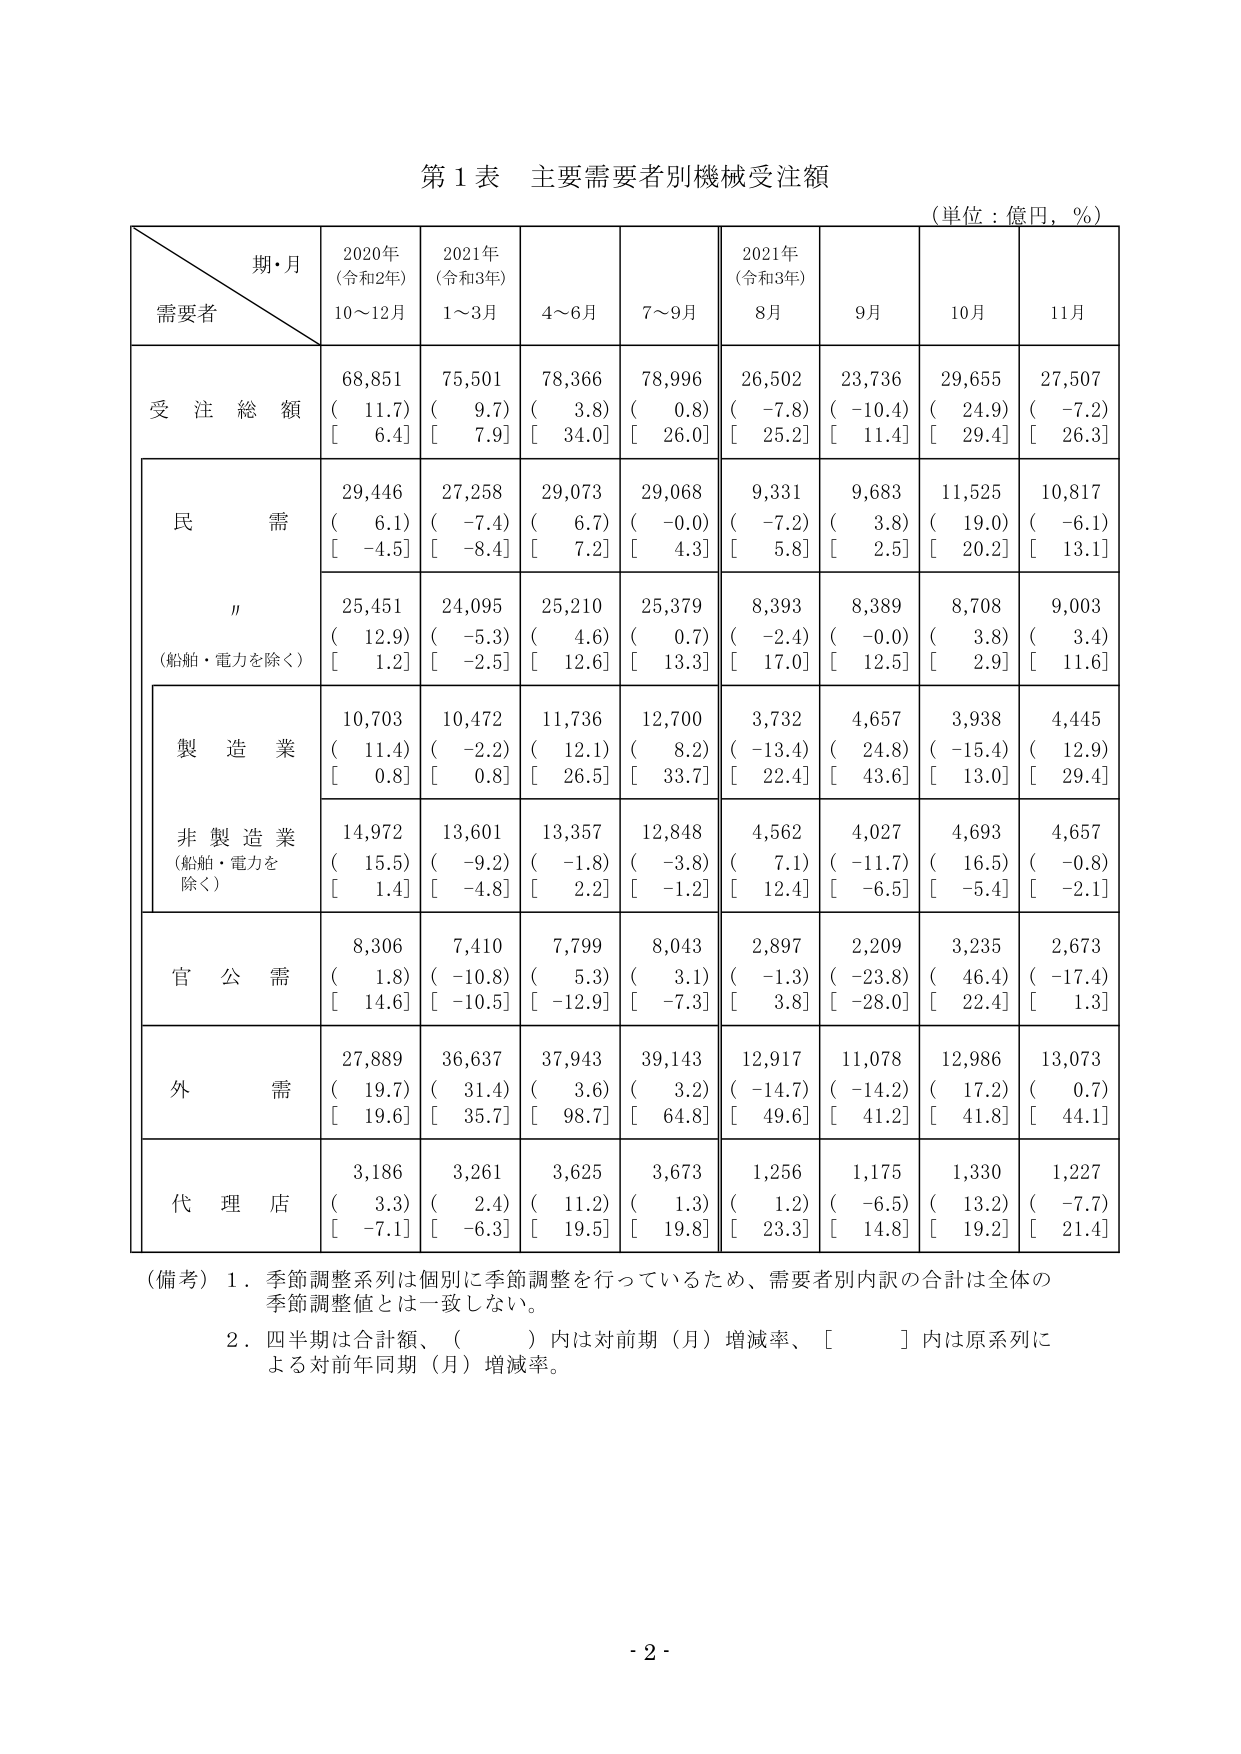
第１表 主要需要者別機械受注額
（単位：億円，％）

期・月
需要者
2020年
（令和2年）
10～12月
2021年
（令和3年）
1～3月
4～6月
7～9月
2021年
（令和3年）
8月
9月
10月
11月

受注総額
68,851
（ 11.7）
[ 6.4]
75,501
（ 9.7）
[ 7.9]
78,366
（ 3.8）
[ 34.0]
78,996
（ 0.8）
[ 26.0]
26,502
（ -7.8）
[ 25.2]
23,736
（ -10.4）
[ 11.4]
29,655
（ 24.9）
[ 29.4]
27,507
（ -7.2）
[ 26.3]

民需
29,446
（ 6.1）
[ -4.5]
27,258
（ -7.4）
[ -8.4]
29,073
（ 6.7）
[ 7.2]
29,068
（ -0.0）
[ 4.3]
9,331
（ -7.2）
[ 5.8]
9,683
（ 3.8）
[ 2.5]
11,525
（ 19.0）
[ 20.2]
10,817
（ -6.1）
[ 13.1]

〃
（船舶・電力を除く）
25,451
（ 12.9）
[ 1.2]
24,095
（ -5.3）
[ -2.5]
25,210
（ 4.6）
[ 12.6]
25,379
（ 0.7）
[ 13.3]
8,393
（ -2.4）
[ 17.0]
8,389
（ -0.0）
[ 12.5]
8,708
（ 3.8）
[ 2.9]
9,003
（ 3.4）
[ 11.6]

製造業
10,703
（ 11.4）
[ 0.8]
10,472
（ -2.2）
[ 0.8]
11,736
（ 12.1）
[ 26.5]
12,700
（ 8.2）
[ 33.7]
3,732
（ -13.4）
[ 22.4]
4,657
（ 24.8）
[ 43.6]
3,938
（ -15.4）
[ 13.0]
4,445
（ 12.9）
[ 29.4]

非製造業
（船舶・電力を除く）
14,972
（ 15.5）
[ 1.4]
13,601
（ -9.2）
[ -4.8]
13,357
（ -1.8）
[ 2.2]
12,848
（ -3.8）
[ -1.2]
4,562
（ 7.1）
[ 12.4]
4,027
（ -11.7）
[ -6.5]
4,693
（ 16.5）
[ -5.4]
4,657
（ -0.8）
[ -2.1]

官公需
8,306
（ 1.8）
[ 14.6]
7,410
（ -10.8）
[ -10.5]
7,799
（ 5.3）
[ -12.9]
8,043
（ 3.1）
[ -7.3]
2,897
（ -1.3）
[ 3.8]
2,209
（ -23.8）
[ -28.0]
3,235
（ 46.4）
[ 22.4]
2,673
（ -17.4）
[ 1.3]

外需
27,889
（ 19.7）
[ 19.6]
36,637
（ 31.4）
[ 35.7]
37,943
（ 3.6）
[ 98.7]
39,143
（ 3.2）
[ 64.8]
12,917
（ -14.7）
[ 49.6]
11,078
（ -14.2）
[ 41.2]
12,986
（ 17.2）
[ 41.8]
13,073
（ 0.7）
[ 44.1]

代理店
3,186
（ 3.3）
[ -7.1]
3,261
（ 2.4）
[ -6.3]
3,625
（ 11.2）
[ 19.5]
3,673
（ 1.3）
[ 19.8]
1,256
（ 1.2）
[ 23.3]
1,175
（ -6.5）
[ 14.8]
1,330
（ 13.2）
[ 19.2]
1,227
（ -7.7）
[ 21.4]

（備考）１．季節調整系列は個別に季節調整を行っているため、需要者別内訳の合計は全体の季節調整値とは一致しない。
２．四半期は合計額、（　　）内は対前期（月）増減率、［　　］内は原系列による対前年同期（月）増減率。

- 2 -